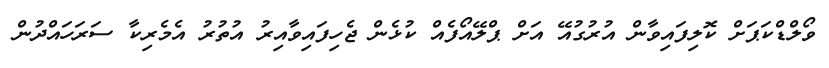
ވޯލްޑްކަޕަށް ކޮލިފައިވާން އުރުގުއޭ އަށް ޕްލޭއޯފެއް ކުޅެން ޖެހިފައިވާއިރު އުތުރު އެމެރިކާ ސަރަހައްދުން